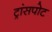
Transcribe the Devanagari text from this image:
ट्रांसपोट